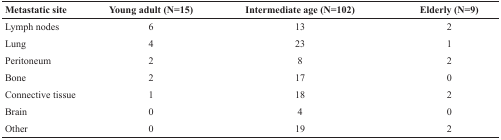
<table><thead><tr><td><b>Metastatic site</b></td><td><b>Young adult (N=15)</b></td><td><b>Intermediate age (N=102)</b></td><td><b>Elderly (N=9)</b></td></tr></thead><tbody><tr><td>Lymph nodes</td><td>6</td><td>13</td><td>2</td></tr><tr><td>Lung</td><td>4</td><td>23</td><td>1</td></tr><tr><td>Peritoneum</td><td>2</td><td>8</td><td>2</td></tr><tr><td>Bone</td><td>2</td><td>17</td><td>0</td></tr><tr><td>Connective tissue</td><td>1</td><td>18</td><td>2</td></tr><tr><td>Brain</td><td>0</td><td>4</td><td>0</td></tr><tr><td>Other</td><td>0</td><td>19</td><td>2</td></tr></tbody></table>